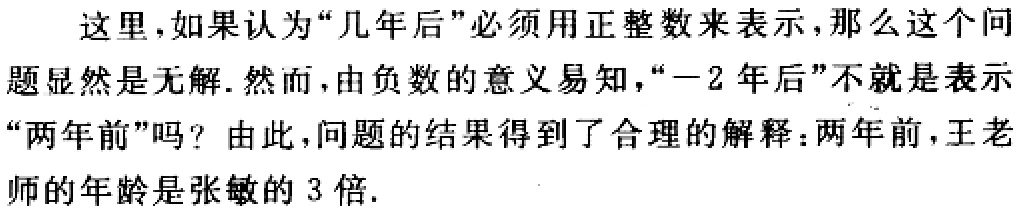
这里，如果认为“几年后”必须用正整数来表示，那么这个问题显然是无解. 然而，由负数的意义易知，“$-2$年后”不就是表示“两年前”吗？由此，问题的结果得到了合理的解释：两年前，王老师的年龄是张敏的$3$倍.